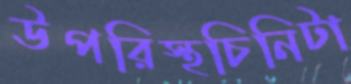
উপরিস্থচিনিটা